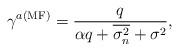
LaTeX: \begin{align*} \gamma^{a({\rm{MF}})} = \frac{{{q}}}{{\alpha q + \overline{{\sigma _n^2}} + {\sigma ^2}}}, \end{align*}